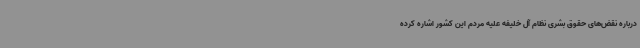
درباره نقض‌های حقوق بشری نظام آل خلیفه علیه مردم این کشور اشاره کرده